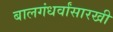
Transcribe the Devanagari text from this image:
बालगंधर्वांसारखी